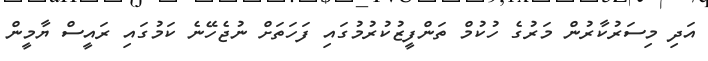
އަދި މިސަރުކާރުން މަރުގެ ހުކުމް ތަންފީޒުކުރުމުގައި ފަހަތަށް ނުޖެހޭނެ ކަމުގައި ރައީސް ޔާމީން